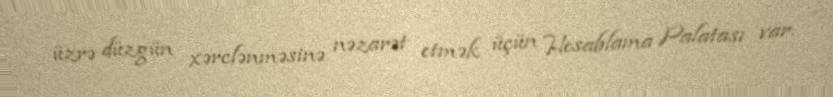
üzrə düzgün xərclənməsinə nəzarət etmək üçün Hesablama Palatası var.